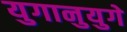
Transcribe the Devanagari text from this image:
युगानुयुगे